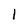
Character: 1